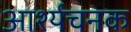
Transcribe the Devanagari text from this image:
आर्श्यचनक